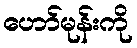
ဟော်မုန်းကို